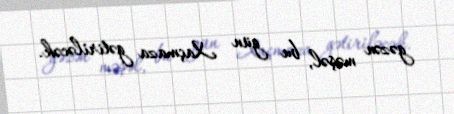
gəzən məşəl, bu gün Xaçmaza gətiriləcək.